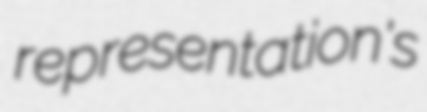
representation's